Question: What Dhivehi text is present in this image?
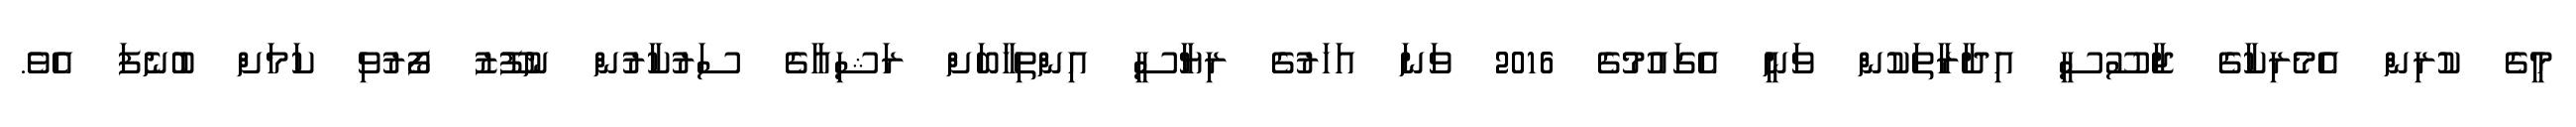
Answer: މީގެ ކުރިން އެމެރިކާގެ ޖާސޫސީ އިދާރާތަކުން ވަނީ އެގައުމުގެ 2016 ވަނަ އަހަރުގެ ރިޔާސީ އިންތިހާބަށް ރަޝިއާގެ ސަރުކާރުން ނުފޫޒު ފޯރުވި ކަމަށް ބުނެފަ އެވެ.